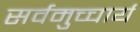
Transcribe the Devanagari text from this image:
सर्वमुच्चार्य